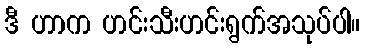
ဒီ ဟာက ဟင်းသီးဟင်းရွက်အသုပ်ပါ။